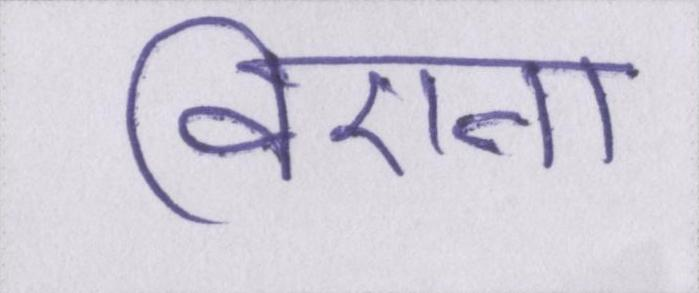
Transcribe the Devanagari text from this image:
विएना